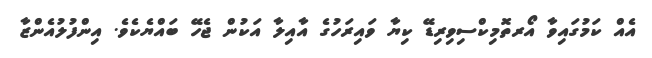
އެއް ކަމުގައިވާ އޯރތޮމިކްސިވިރިޑޭ ކިޔާ ވައިރަހުގެ އާއިލާ އަކުން ޖެހޭ ބައްޔެކެވެ. އިންފުލުއެންޒާ